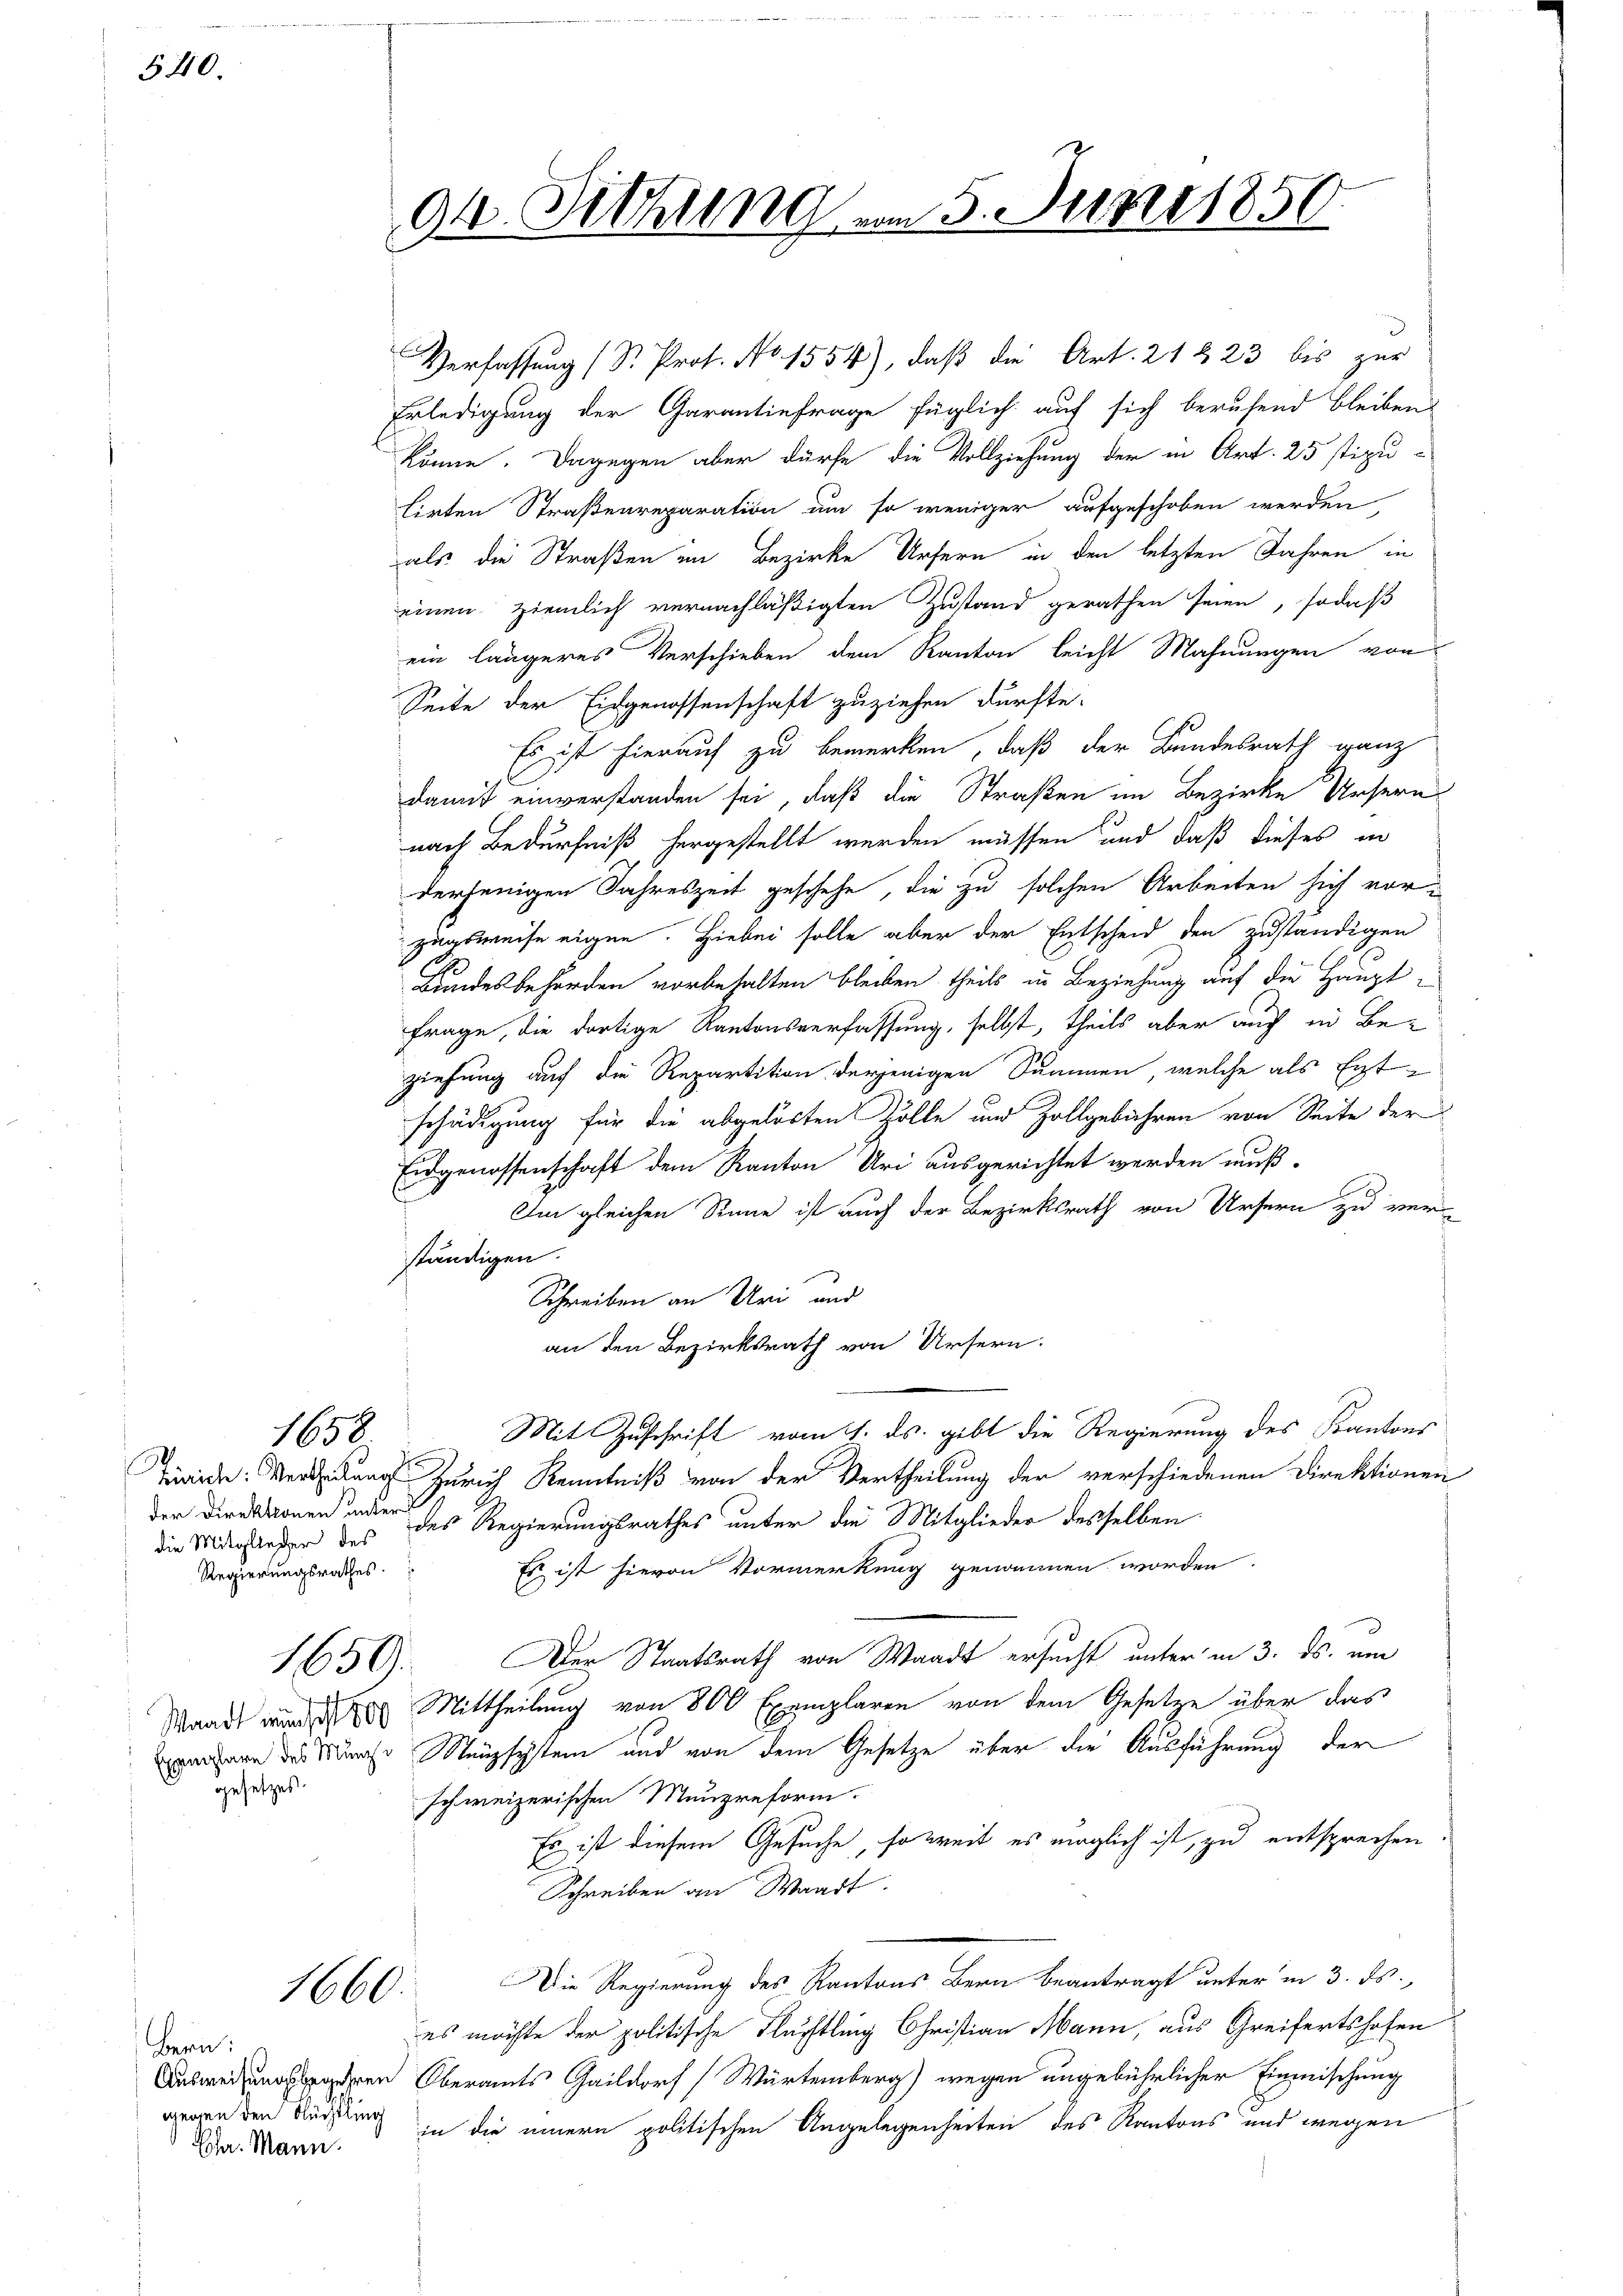
540.

der Direktionen unter
die Mitglieder des
Regierungsrathes.

1658

gesetzes.

1660.

Bern:
Ehe. Mann.

04. Sitzung am 5. Juni 1850

Verfassung (S. Prof. No. 1554), daß die Art. 21 § 23 bis zur
Erledigung der Garantinfrage füglich auf sich berufend bleiben
könne. Dagegen aber dürfe die Vollziehung der in Art. 25 stipu-
tirten Straßenreparation um so weniger aufgeschoben werden
als die Straßen im Bezirke Ursern in den letzten Jahren in
einen ziemlich vernachläßigten Zustand gerathen seien, sodaß
ein längeres Verschieben dem Kanton leicht Mahnungen von
Seite der Eidgenossenschaft zuziehen dürfte.
Es ist hierauf zu bemerken, daß der Bundesrath ganz
damit einverstanden sei, daß die Straßen im Bezirke Ursern
nach Bedürfniß hergestellt werden müssen und daß dieses in
derjenigen Jahreszeit geschehe, die zu solchen Arbeiten sich vorzugsweise eigen. Hiebei solle aber der Entscheid den zuständigen
Bundesbehörden vorbehalten bleiben theils in Beziehung auf die Haupt¬
Frage, die dortige Kantonsverfassung, selbst, theils aber auch in Be-
ziehung auf die Repartition derjenigen Summen, welche als Entschädigung für die abgelösten Zölle und Zollgebühren von Seite der
Eidgenossenschaft dem Kanton Uri ausgerichtet werden muß-
Im gleichen Sinne ist auch der Bezirksrath von Ursern zu ver-
ständigen.
Schreiben an Uri und
an den Bezirksrath von Ursern.
Mit Zuschrift vom 1. ds. gibt die Regierung des Kantons
awiede Verung Zürich Kenntniß von der Vertheilung der verschiedenen Direktionen
des Regierungsrathes unter die Mitglieder desselben
Es ist hievon Vormerkung genommen worden.
1650). Der Staatsrath von Waadt ersucht unter in 3. ds. um
Waadt wurde Mittheilung von 800 Exemplaren von dem Gesetze über das
pmann des Kirche Münzsystem und von dem Gesetze über die Ausführung der
schweizerischen Menzreform.
Es ist diesem Gesuche, soweit es möglich ist, zu entsprechen
Schreiben an Waart.
Die Regierung des Kantons Bern beantragt unter in 3. ds.,
es möchte der politische Flächtling Christian Mann, aus Greifertshofen
ween Oberamts Gaildorf (Würtemberg wegen ungebührlicher Einmischung
gegen den Kurse in die innern politischen Angelegenheiten des Kantons und wegen